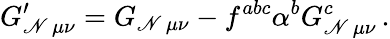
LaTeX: G_{\mathscr{N}\, \mu\nu}^{\prime}=G_{\mathscr{N}\, \mu\nu}-f^{abc}\alpha^{b}G_{\mathscr{N}\, \mu\nu}^{c}\, .